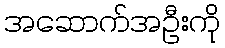
အဆောက်အဦးကို